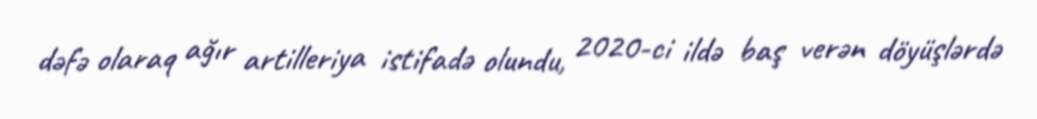
dəfə olaraq ağır artilleriya istifadə olundu, 2020-ci ildə baş verən döyüşlərdə